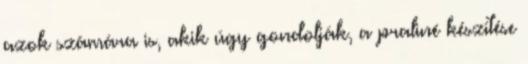
azok számára is, akik úgy gondolják, a praliné készítése